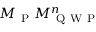
M _ { \mathrm { ~ P ~ } } M _ { \mathrm { ~ Q ~ W ~ P ~ } } ^ { n }